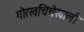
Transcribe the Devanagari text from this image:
गोरखचिंचेखाली